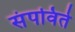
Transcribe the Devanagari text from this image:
संपविते